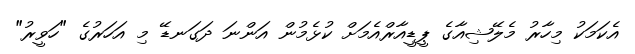
އެކަމަކު މިހާރު މެލޭޝިއާގެ ޕީޑީއާރްއެމަށް ކުޅެމުން އަންނަ ދަގަނޑޭ މި އަހަރުގެ "ހަވީރު"